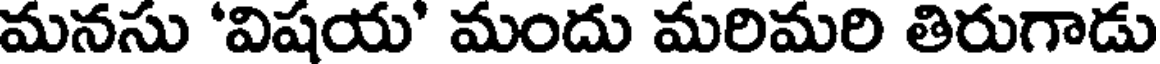
మనసు 'విషయ' మందు మరిమరి తిరుగాడు